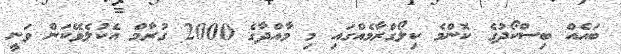
ބައެއް ބިސްކޯދުގެ ކޮންމެ ކިލޯގްރާމެއްގައި މި މާއްދާގެ 2000 ގުރާމް އެކުލެވޭކަން ވަނީ